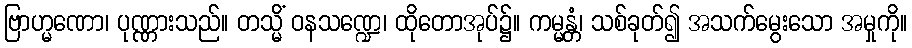
ဗြာဟ္မဏော၊ ပုဏ္ဏားသည်။ တသ္မိံ ဝနသဏ္ဍေ၊ ထိုတောအုပ်၌။ ကမ္မန္တံ၊ သစ်ခုတ်၍ အသက်မွေးသော အမှုကို။